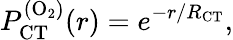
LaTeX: P_{\mathrm{CT}}^{\mathrm{(O_{2})}}(r)=e^{-r/R_{\mathrm{CT}}},